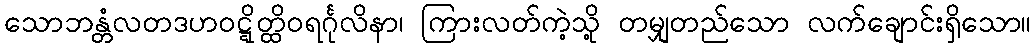
သောဘန္တံလတဒဟဝဋ္ဋိတ္ထိဝရင်္ဂုလိနာ၊ ကြားလတ်ကဲ့သို့ တမျှတည်သော လက်ချောင်းရှိသော။